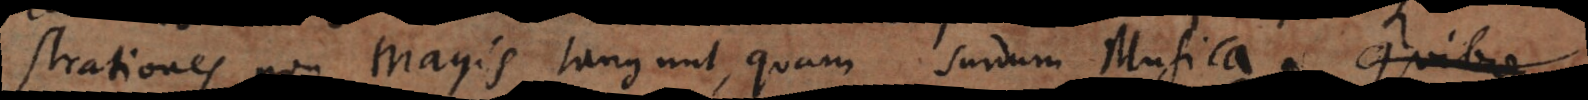
nstrationes non magis tangunt, quam surdum Musica. Quod